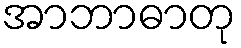
အာဘာဓာတု